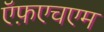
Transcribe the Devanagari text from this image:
ऍफ़एचएम